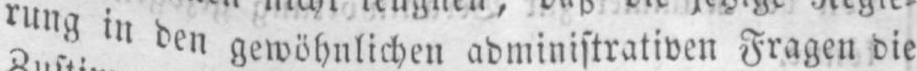
rung in den gewöhnlichen administrativen Fragen die